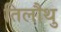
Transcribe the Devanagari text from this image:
तिलौथु